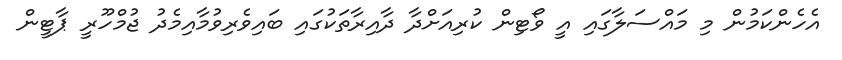
އެހެންކަމުން މި މައްސަލާގައި އީ ވޯޓިން ކުރިއަށްދާ ދާއިރާތަކުގައި ބައިވެރިވުމާއިމެދު ޖުމްހޫރީ ޕާޓީން